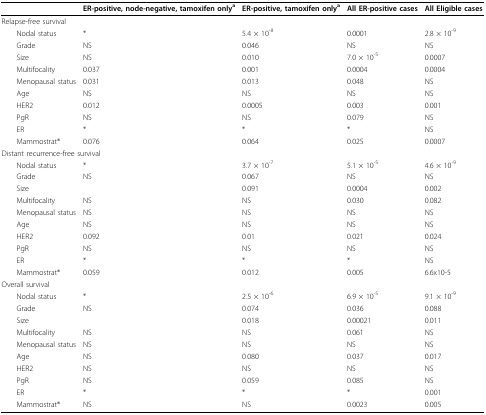
|  | ER-positive, node-negative, tamoxifen onlya | ER-positive, tamoxifen onlya | All ER-positive cases | All Eligible cases |
 | --- | --- | --- | --- | --- |
 | <COLSPAN=2> Relapse-free survival |  |  |  |
 | Nodal status | * | 5.4 × 10-8 | 0.0001 | 2.8 × 10-9 |
 | Grade | NS | 0.046 | NS | NS |
 | Size | NS | 0.010 | 7.0 × 10-5 | 0.0007 |
 | Multifocality | 0.037 | 0.001 | 0.0004 | 0.0004 |
 | Menopausal status | 0.031 | 0.013 | 0.048 | NS |
 | Age | NS | NS | NS | NS |
 | HER2 | 0.012 | 0.0005 | 0.003 | 0.001 |
 | PgR | NS | NS | 0.079 | NS |
 | ER | * | * | * | NS |
 | Mammostrat® | 0.076 | 0.064 | 0.025 | 0.0007 |
 | <COLSPAN=2> Distant recurrence-free survival |  |  |  |
 | Nodal status | * | 3.7 × 10-7 | 5.1 × 10-5 | 4.6 × 10-9 |
 | Grade | NS | 0.067 | NS | NS |
 | Size |  | 0.091 | 0.0004 | 0.002 |
 | Multifocality | NS | NS | 0.030 | 0.082 |
 | Menopausal status | NS | NS | NS | NS |
 | Age | NS | NS | NS | NS |
 | HER2 | 0.092 | 0.01 | 0.021 | 0.024 |
 | PgR | NS | NS | NS | NS |
 | ER | * | * | * | NS |
 | Mammostrat® | 0.059 | 0.012 | 0.005 | 6.6x10-5 |
 | <COLSPAN=2> Overall survival |  |  |  |
 | Nodal status | * | 2.5 × 10-6 | 6.9 × 10-5 | 9.1 × 10-9 |
 | Grade | NS | 0.074 | 0.036 | 0.088 |
 | Size |  | 0.018 | 0.00021 | 0.011 |
 | Multifocality | NS | NS | 0.061 | NS |
 | Menopausal status | NS | NS | NS | NS |
 | Age | NS | 0.080 | 0.037 | 0.017 |
 | HER2 | NS | NS | NS | NS |
 | PgR | NS | 0.059 | 0.085 | NS |
 | ER | * | * | * | 0.001 |
 | Mammostrat® | NS | NS | 0.0023 | 0.005 |